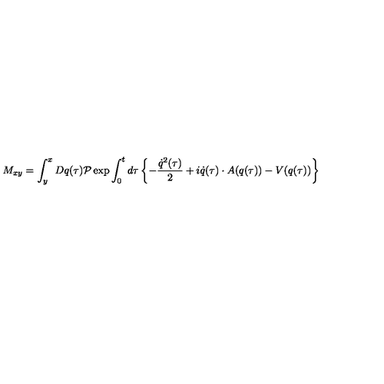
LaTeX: M _ { x y } = \int _ { y } ^ { x } D q ( \tau ) { \cal P } \exp \int _ { 0 } ^ { t } d \tau \left\{ - \frac { \dot { q } ^ { 2 } ( \tau ) } { 2 } + i \dot { q } ( \tau ) \cdot A ( q ( \tau ) ) - V ( q ( \tau ) ) \right\}